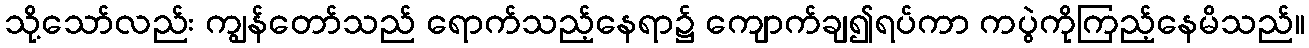
သို့သော်လည်း ကျွန်တော်သည် ရောက်သည့်နေရာ၌ ကျောက်ချ၍ရပ်ကာ ကပွဲကိုကြည့်နေမိသည်။